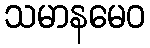
သမာနမေဝ